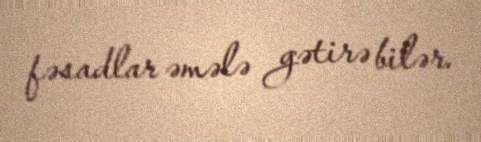
fəsadlar əmələ gətirə bilər.